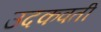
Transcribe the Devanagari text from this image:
उदकवती